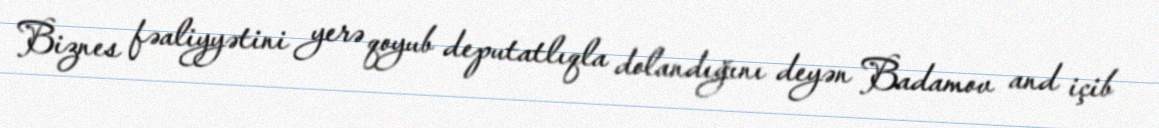
Biznes fəaliyyətini yerə qoyub deputatlıqla dolandığını deyən Badamov and içib